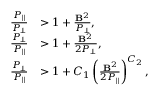
\begin{array} { r l } { \frac { P _ { \| } } { P _ { \perp } } } & { > 1 + \frac { \mathbf { B } ^ { 2 } } { P _ { \perp } } , } \\ { \frac { P _ { \perp } } { P _ { \| } } } & { > 1 + \frac { \mathbf { B } ^ { 2 } } { 2 P _ { \perp } } , } \\ { \frac { P _ { \perp } } { P _ { \| } } } & { > 1 + C _ { 1 } \left( \frac { \mathbf { B } ^ { 2 } } { 2 P _ { \| } } \right) ^ { C _ { 2 } } , } \end{array}